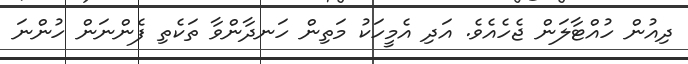
ދިއުން ހުއްޓާލަން ޖެހެއެވެ. އަދި އެމީހަކު މަތިން ހަނދާންވާ ތަކެތި ފެންނަން ހުންނަ